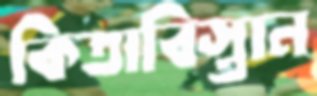
কিতাবিস্তান